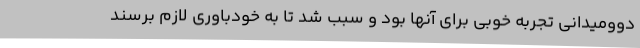
دوومیدانی تجربه خوبی برای آنها بود و سبب شد تا به خودباوری لازم برسند